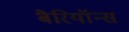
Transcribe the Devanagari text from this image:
बैरियॉन्स